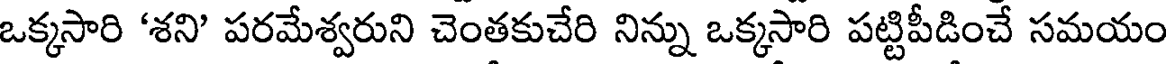
ఒక్కసారి 'శని' పరమేశ్వరుని చెంతకుచేరి నిన్ను ఒక్కసారి పట్టిపీడించే సమయం